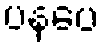
ပနပေ